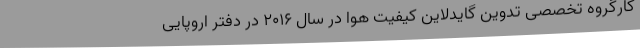
کارگروه تخصصی تدوین گایدلاین کیفیت هوا در سال ۲۰۱۶ در دفتر اروپایی